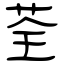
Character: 荃